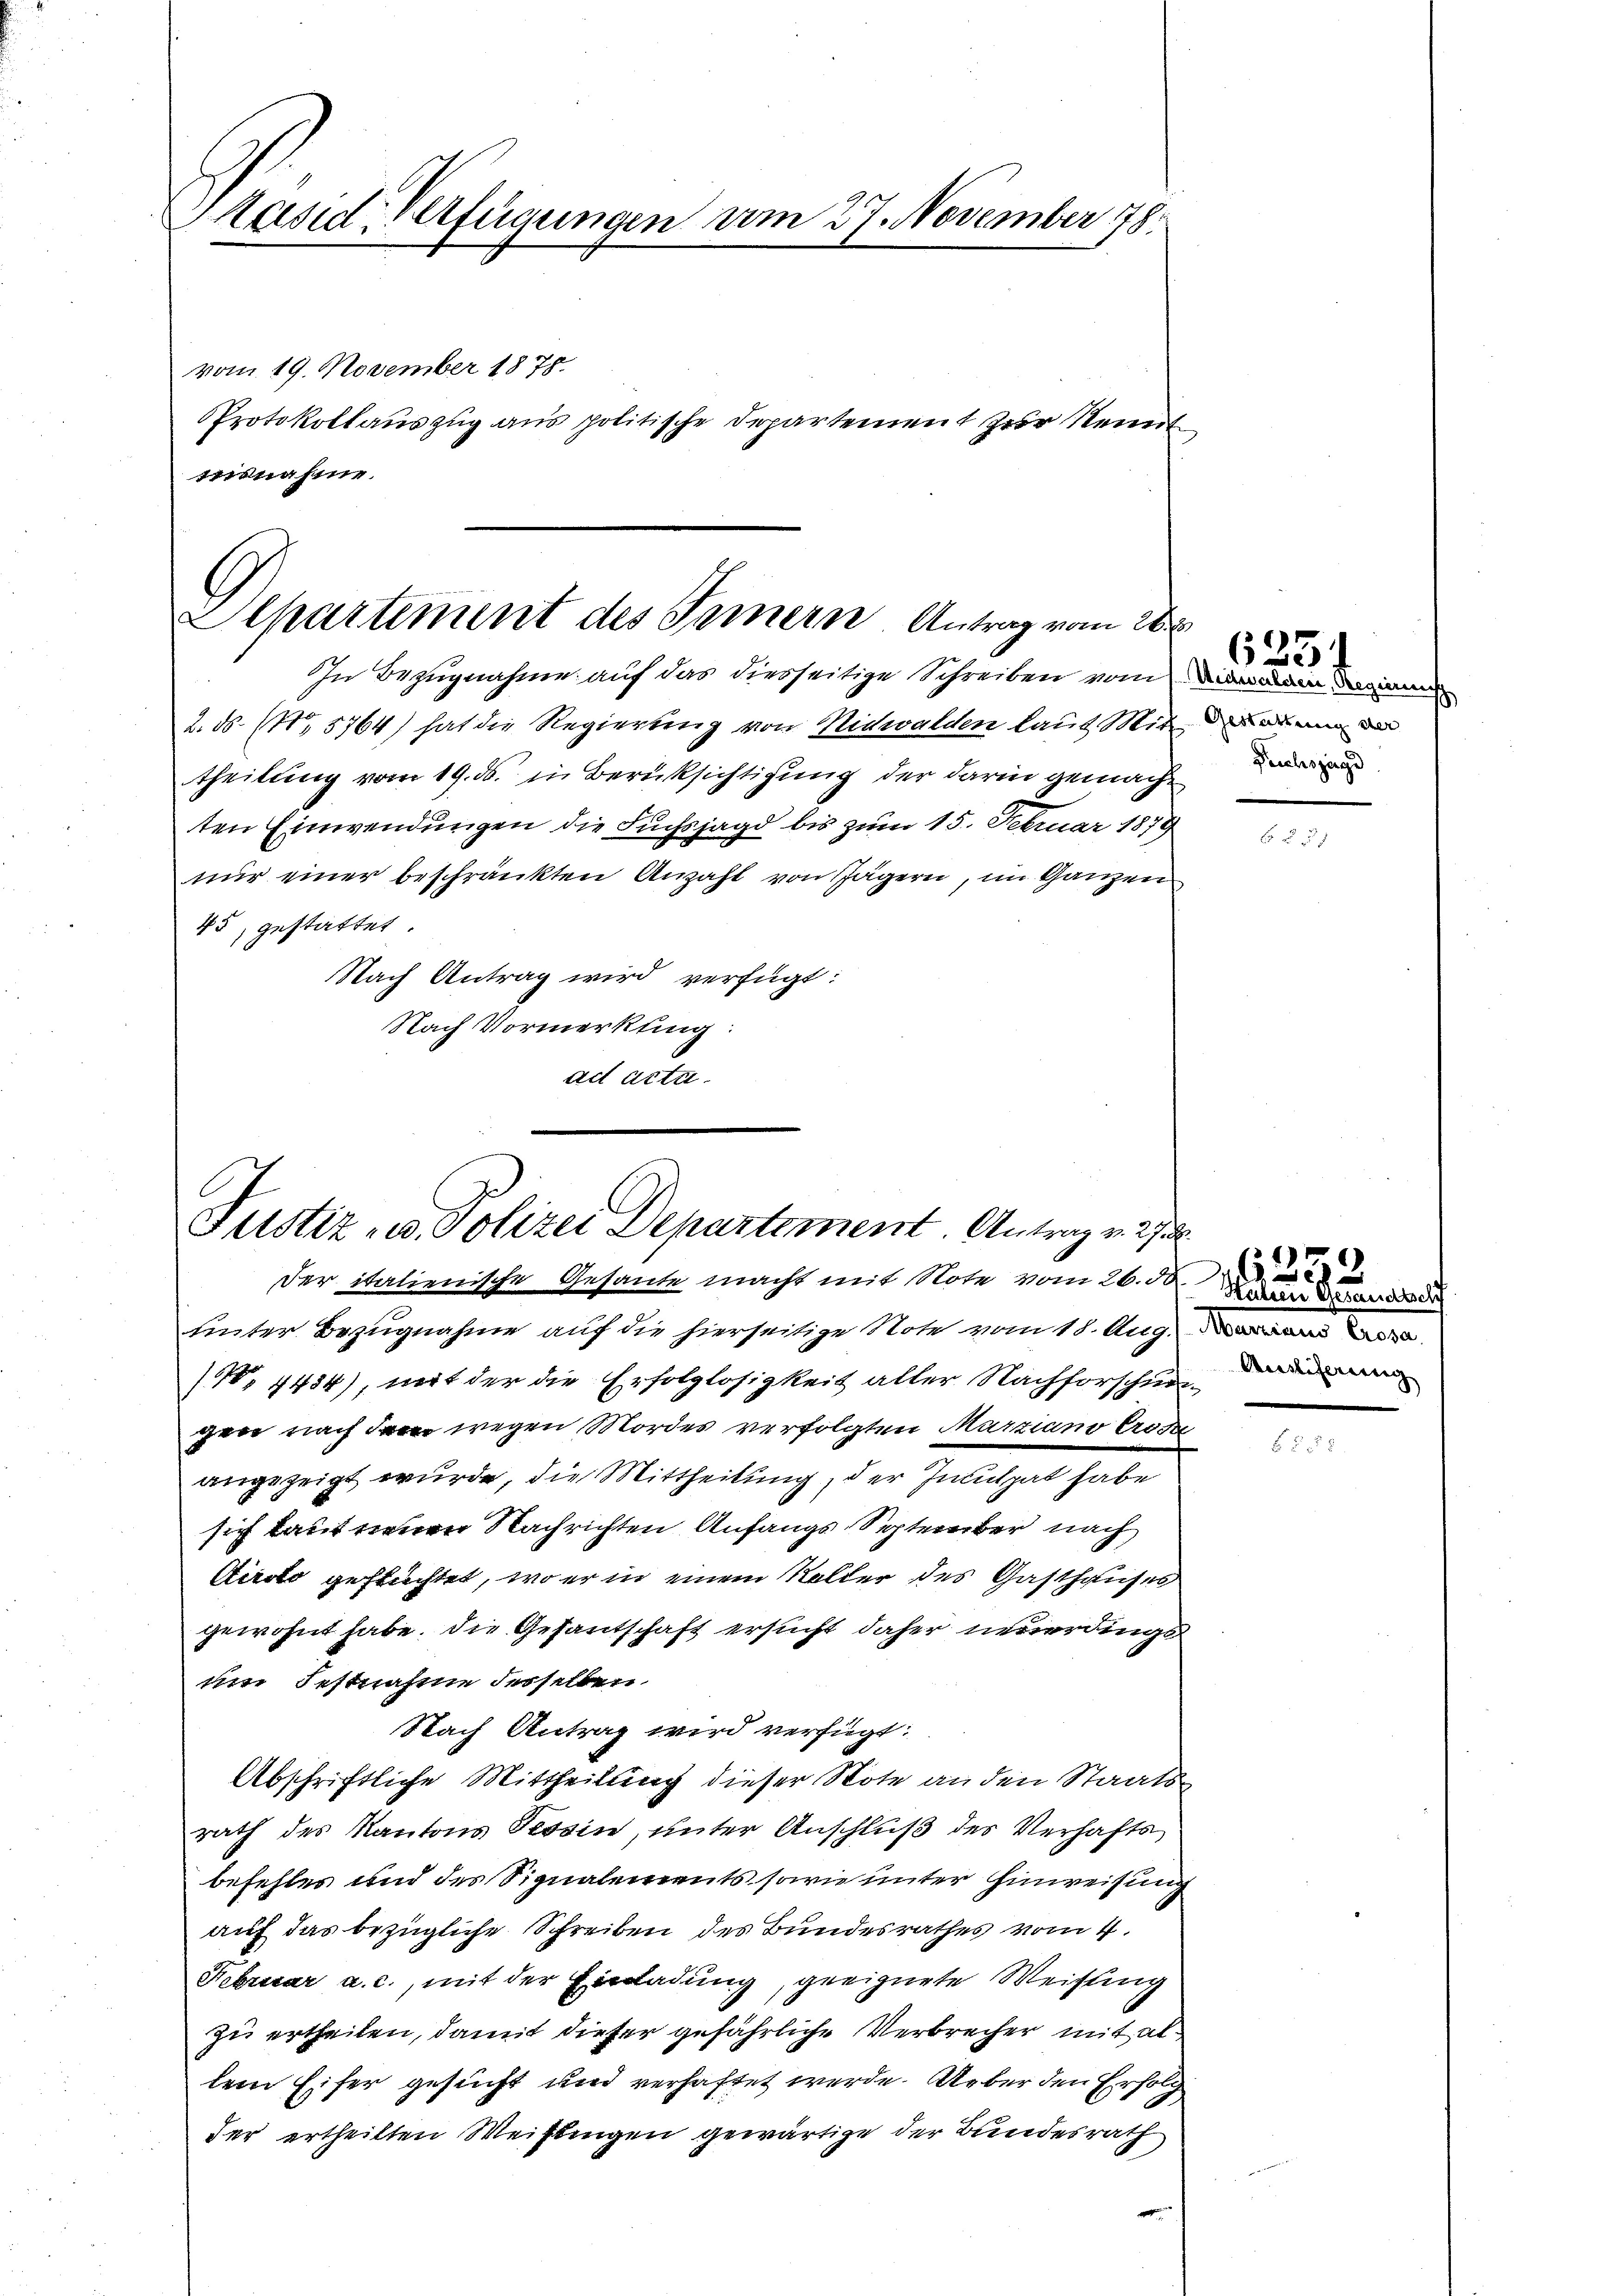
Mäsid. Verfügungen am 27. November 178

vom 19. November 1878.
PProtokollauszug aus politische Departement zur Kennt
isnahme

Departement des Fernern Antrag vom 26.

Justiz- u. Polizei Departement. Antrag v. 2

In Bezugnahme auf das diesseitige Schreiben vom
2. ds. (No 5764) hat die Regierung von Nidwalden laut Mit der an de
theilung vom 19. ds. in Berüksichtigung der darin gemachten Einwendungen die Fuchsjagd bis zum 15. Februar 1879
nur einer beschränkten Anzahl von Jägern, im Ganzen
45, gestattet.
Nach Antrag wird verfügt:
Nach Vormerkung:
ad actu

Der italienische Gesante macht mit Note vom 26. 50.
tinter Bezugnahme auf die hierseitige Note vom 18. Aug.
/, 4454), mit der die Erfolglosigkeit aller Nachforschun-
gen nach dem wegen Mordes verfolgten Marziano Prode
angezeigt wurde, die Mittheilung, der Inculpat habe
sich kauf neuen Nachrichten Anfangs September nach
Airolo geftüchtet, wo er in einem Koller des Gasthauses
gewohnt habe. Die Gesantschaft ersucht daher neuerdings
um Festnahme derselben
Nach Antrag wird verfügt:
Abschriftliche Mittheilung dieser Note an den Staatsrath des Kantons Tessin, unter Anschluß des Verhafts
befehles und des Signalements sowie unter Hinweisung
auf das bezügliche Schreiben des Bundesrathes vom 4.
Februar a. c., mit der Einladung, geeignete Weisung
zu ertheilen, damit dieser gefährliche Verbrecher mit allem Eifer gesucht und verhaftet werde. Ueber den Erfolg
der ertheilten Weißlingen gewärtige der Bundesrath

1
Mechalcher, Regierenisch
Pechsjagd

6251

253
Hatten Gesandtsch
Aussierung